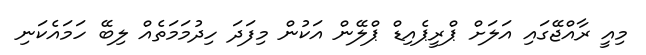
މިއީ ރާއްޖޭގައި އަލަށް ޕްރީޕެއިޑް ޕްލޭން އަކުން މިފަދަ ހިދުމަމަތެއް ލިބޭ ހަމައެކަނި